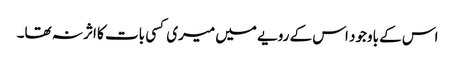
اس کے باوجود اس کے رویے میں میری کسی بات کا اثر نہ تھا۔